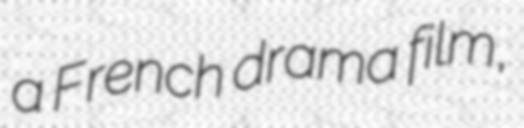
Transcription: a French drama film,